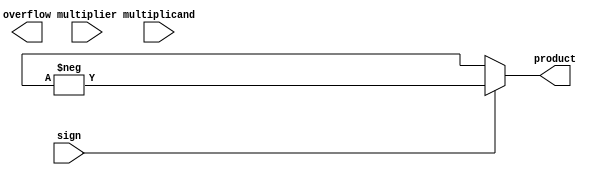
module booth_multiplier(
    input [15:0] multiplicand,
    input [15:0] multiplier,
    input sign,
    output [31:0] product,
    output overflow
);

reg [31:0] product_reg;
wire [15:0] partial_product [3:0];
wire [1:0] recoded_multiplier [15:0];
wire [31:0] temporary_product [3:0];
wire overflow_detection;

// Booth recoder
// omitted code for recoding multiplier into partial products based on Booth encoding

// Arithmetic blocks for adding partial products
// omitted code for adding partial products using arithmetic blocks

// Overflow detection
assign overflow = overflow_detection;

always @ (*) begin
    if (sign) 
        product = -product_reg;
    else 
        product = product_reg;
end

endmodule